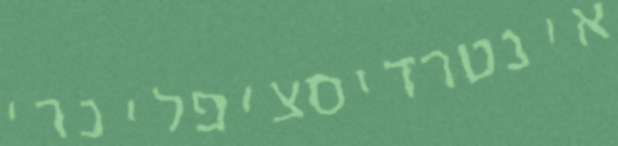
אינטרדיסציפלינרי